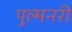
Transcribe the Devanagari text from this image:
पुल्मनरी